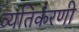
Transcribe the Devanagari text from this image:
व्यतिकरणी